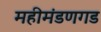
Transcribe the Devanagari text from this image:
महीमंडणगड